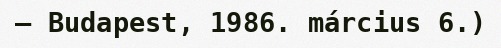
– Budapest, 1986. március 6.)